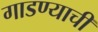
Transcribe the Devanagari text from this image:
गाडण्याची